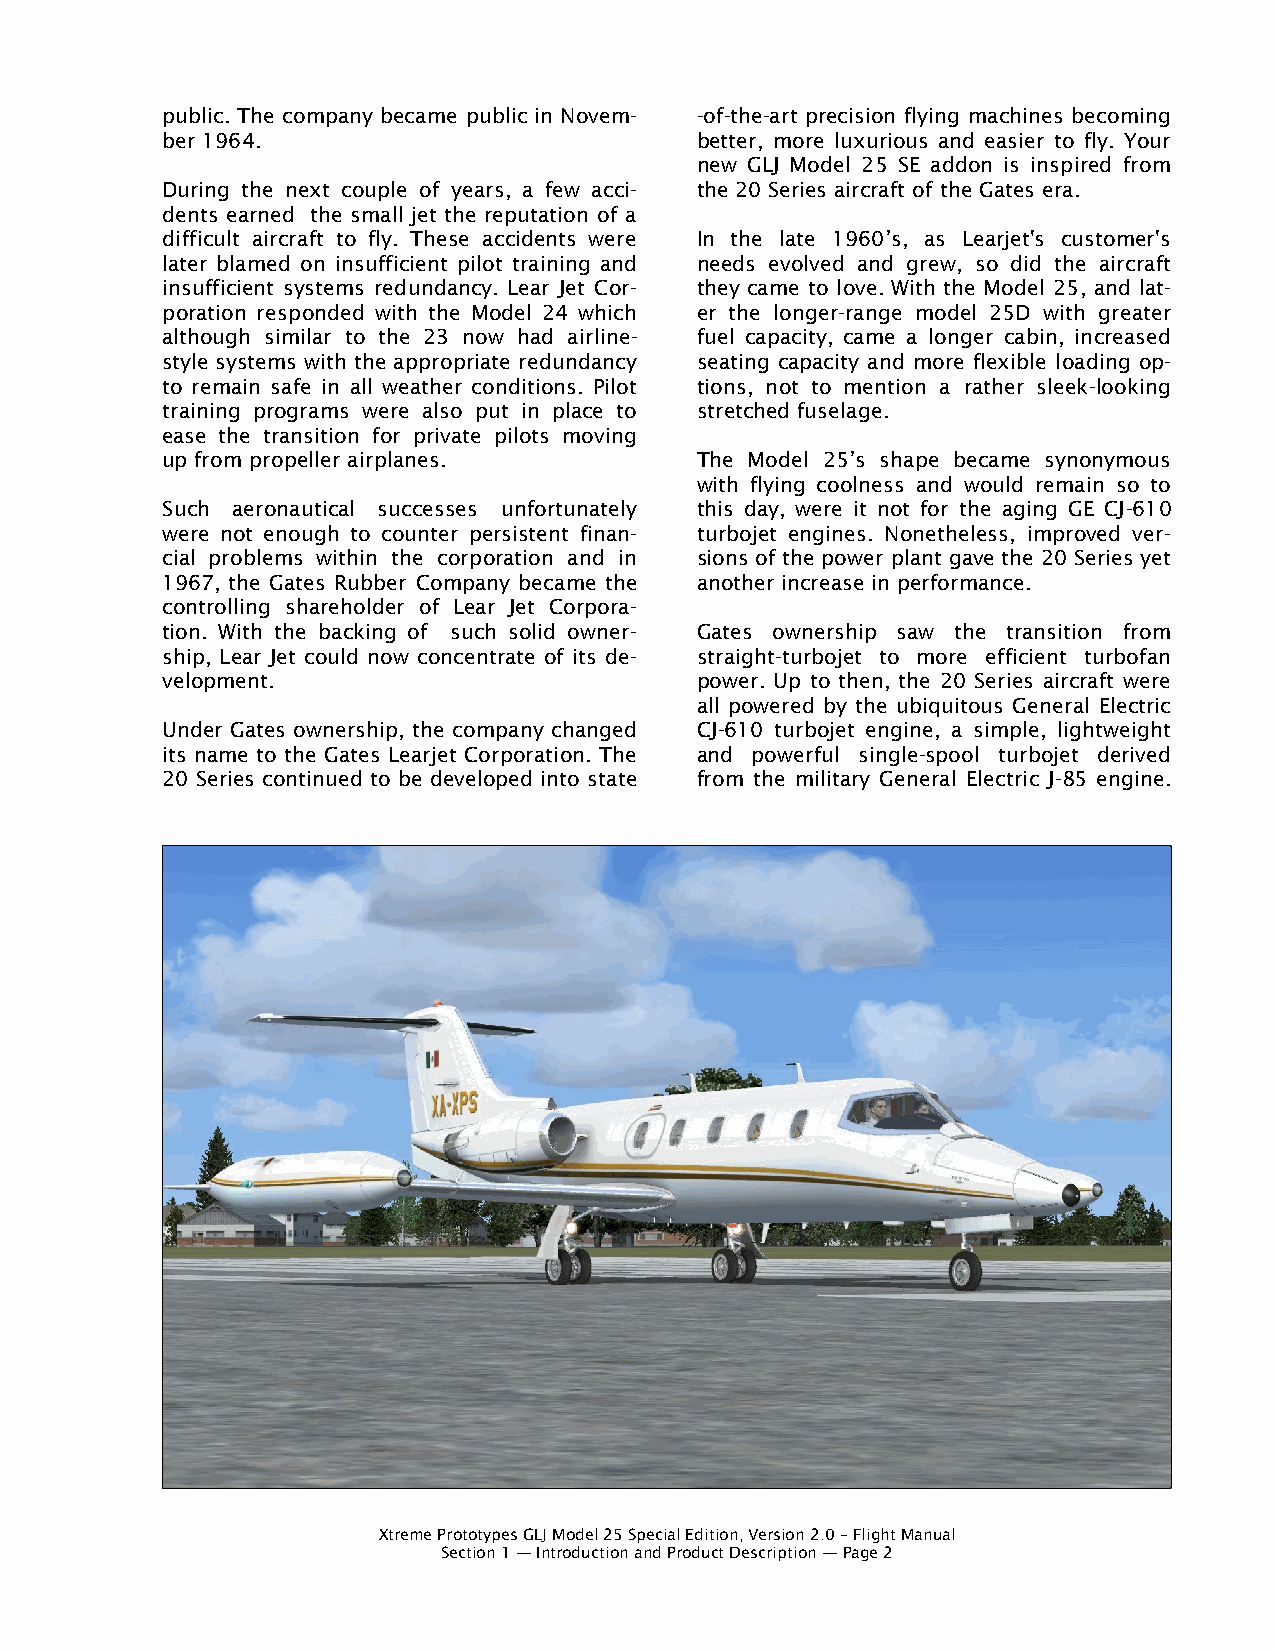
public. The company became public in Novem- -of-the-art precision flying machines becoming
 ber 1964.                          better, more luxurious and easier to fly. Your
 new GLJ Model 25 SE addon is inspired from
 During the next couple of years, a few acci- the 20 Series aircraft of the Gates era.
 dents earned the small jet the reputation of a
 difficult aircraft to fly. These accidents were In the late 1960’s, as Learjet's customer's
 later blamed on insufficient pilot training and needs evolved and grew, so did the aircraft
 insufficient systems redundancy. Lear Jet Cor- they came to love. With the Model 25, and lat-
 poration responded with the Model 24 which er the longer-range model 25D with greater
 although similar to the 23 now had airline- fuel capacity, came a longer cabin, increased
 style systems with the appropriate redundancy seating capacity and more flexible loading op-
 to remain safe in all weather conditions. Pilot tions, not to mention a rather sleek-looking
 training programs were also put in place to stretched fuselage.
 ease the transition for private pilots moving
 up from propeller airplanes.       The Model 25’s shape became synonymous
 with flying coolness and would remain so to
 Such aeronautical successes unfortunately this day, were it not for the aging GE CJ-610
 were not enough to counter persistent finan- turbojet engines. Nonetheless, improved ver-
 cial problems within the corporation and in sions of the power plant gave the 20 Series yet
 1967, the Gates Rubber Company became the another increase in performance.
 controlling shareholder of Lear Jet Corpora-
 tion. With the backing of such solid owner- Gates ownership saw the transition from
 ship, Lear Jet could now concentrate of its de- straight-turbojet to more efficient turbofan
 velopment.                         power. Up to then, the 20 Series aircraft were
 all powered by the ubiquitous General Electric
 Under Gates ownership, the company changed CJ-610 turbojet engine, a simple, lightweight
 its name to the Gates Learjet Corporation. The and powerful single-spool turbojet derived
 20 Series continued to be developed into state from the military General Electric J-85 engine.
 Xtreme Prototypes GLJ Model 25 Special Edition, Version 2.0 – Flight Manual
 Section 1 — Introduction and Product Description — Page 2